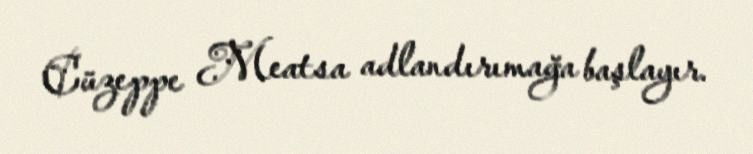
Cüzeppe Meatsa adlandırımağa başlayır.